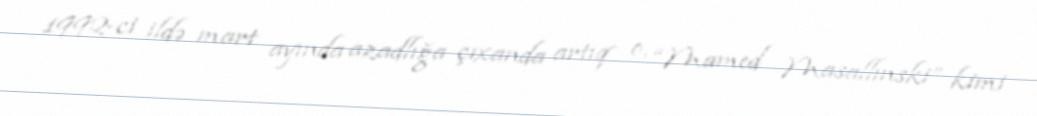
1992-ci ildə mart ayında azadlığa çıxanda artıq o, “Mamed Masallınski” kimi